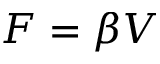
F = \beta V